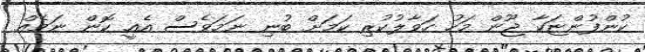
ކުންފުންޏަކާ ޖޫން މަހު ހަވާލުކުރި ކަމަށް ބުނި ނަމަވެސް އެއީ ކޮން ނަމެއް